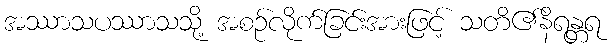
အဿာသပဿာသသို့ အစဉ်လိုက်ခြင်းအားဖြင့် သတိ၏နိရန္တရ